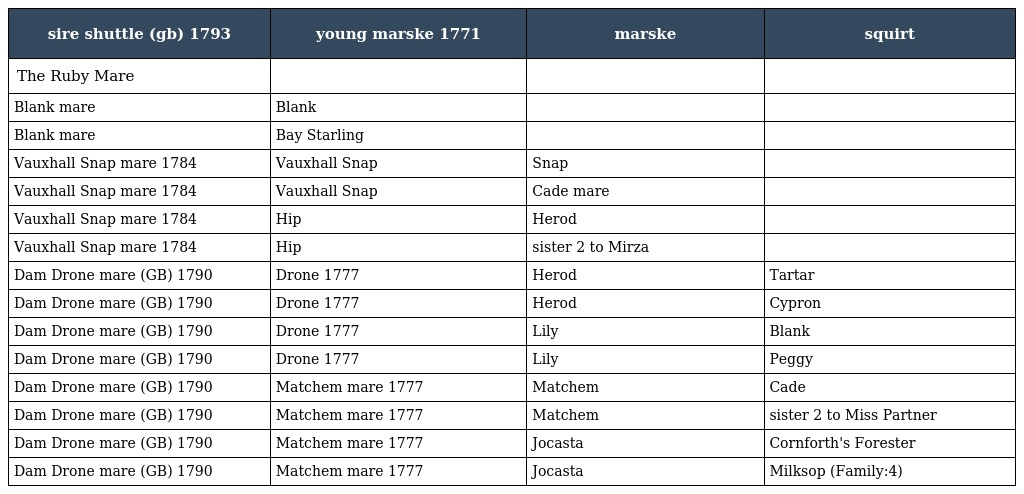
| sire shuttle (gb) 1793 | young marske 1771 | marske | squirt |
 | --- | --- | --- | --- |
 | The Ruby Mare |  |  |  |
 | Blank mare | Blank |  |  |
 | Blank mare | Bay Starling |  |  |
 | Vauxhall Snap mare 1784 | Vauxhall Snap | Snap |  |
 | Vauxhall Snap mare 1784 | Vauxhall Snap | Cade mare |  |
 | Vauxhall Snap mare 1784 | Hip | Herod |  |
 | Vauxhall Snap mare 1784 | Hip | sister 2 to Mirza |  |
 | Dam Drone mare (GB) 1790 | Drone 1777 | Herod | Tartar |
 | Dam Drone mare (GB) 1790 | Drone 1777 | Herod | Cypron |
 | Dam Drone mare (GB) 1790 | Drone 1777 | Lily | Blank |
 | Dam Drone mare (GB) 1790 | Drone 1777 | Lily | Peggy |
 | Dam Drone mare (GB) 1790 | Matchem mare 1777 | Matchem | Cade |
 | Dam Drone mare (GB) 1790 | Matchem mare 1777 | Matchem | sister 2 to Miss Partner |
 | Dam Drone mare (GB) 1790 | Matchem mare 1777 | Jocasta | Cornforth's Forester |
 | Dam Drone mare (GB) 1790 | Matchem mare 1777 | Jocasta | Milksop (Family:4) |